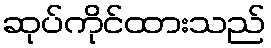
ဆုပ်ကိုင်ထားသည်